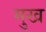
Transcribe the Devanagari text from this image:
मुख्‍ा